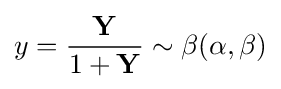
y={\frac {\mathbf {Y} }{1+\mathbf {Y} }}\sim \beta (\alpha ,\beta )